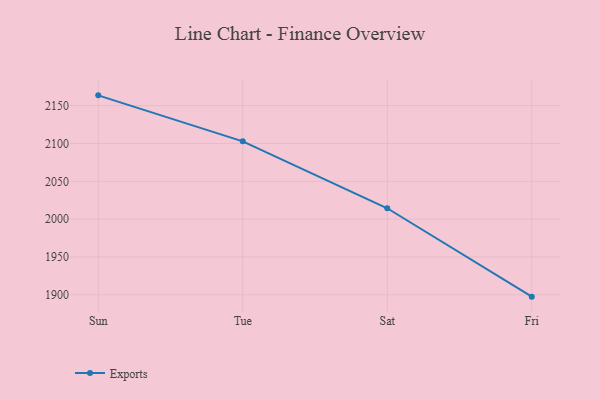
{"axis": {"x": "Day", "y": "Temperature (°C)"}, "legend": ["Exports"], "data": [{"x": "Sun", "y": 2163.6, "type": "Exports"}, {"x": "Tue", "y": 2102.8, "type": "Exports"}, {"x": "Sat", "y": 2014.4, "type": "Exports"}, {"x": "Fri", "y": 1897.6, "type": "Exports"}]}